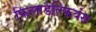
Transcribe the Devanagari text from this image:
फिलाडेल्फियंस